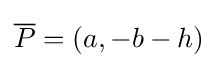
{\overline {P}}=(a,-b-h)